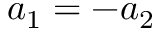
a _ { 1 } = - a _ { 2 }